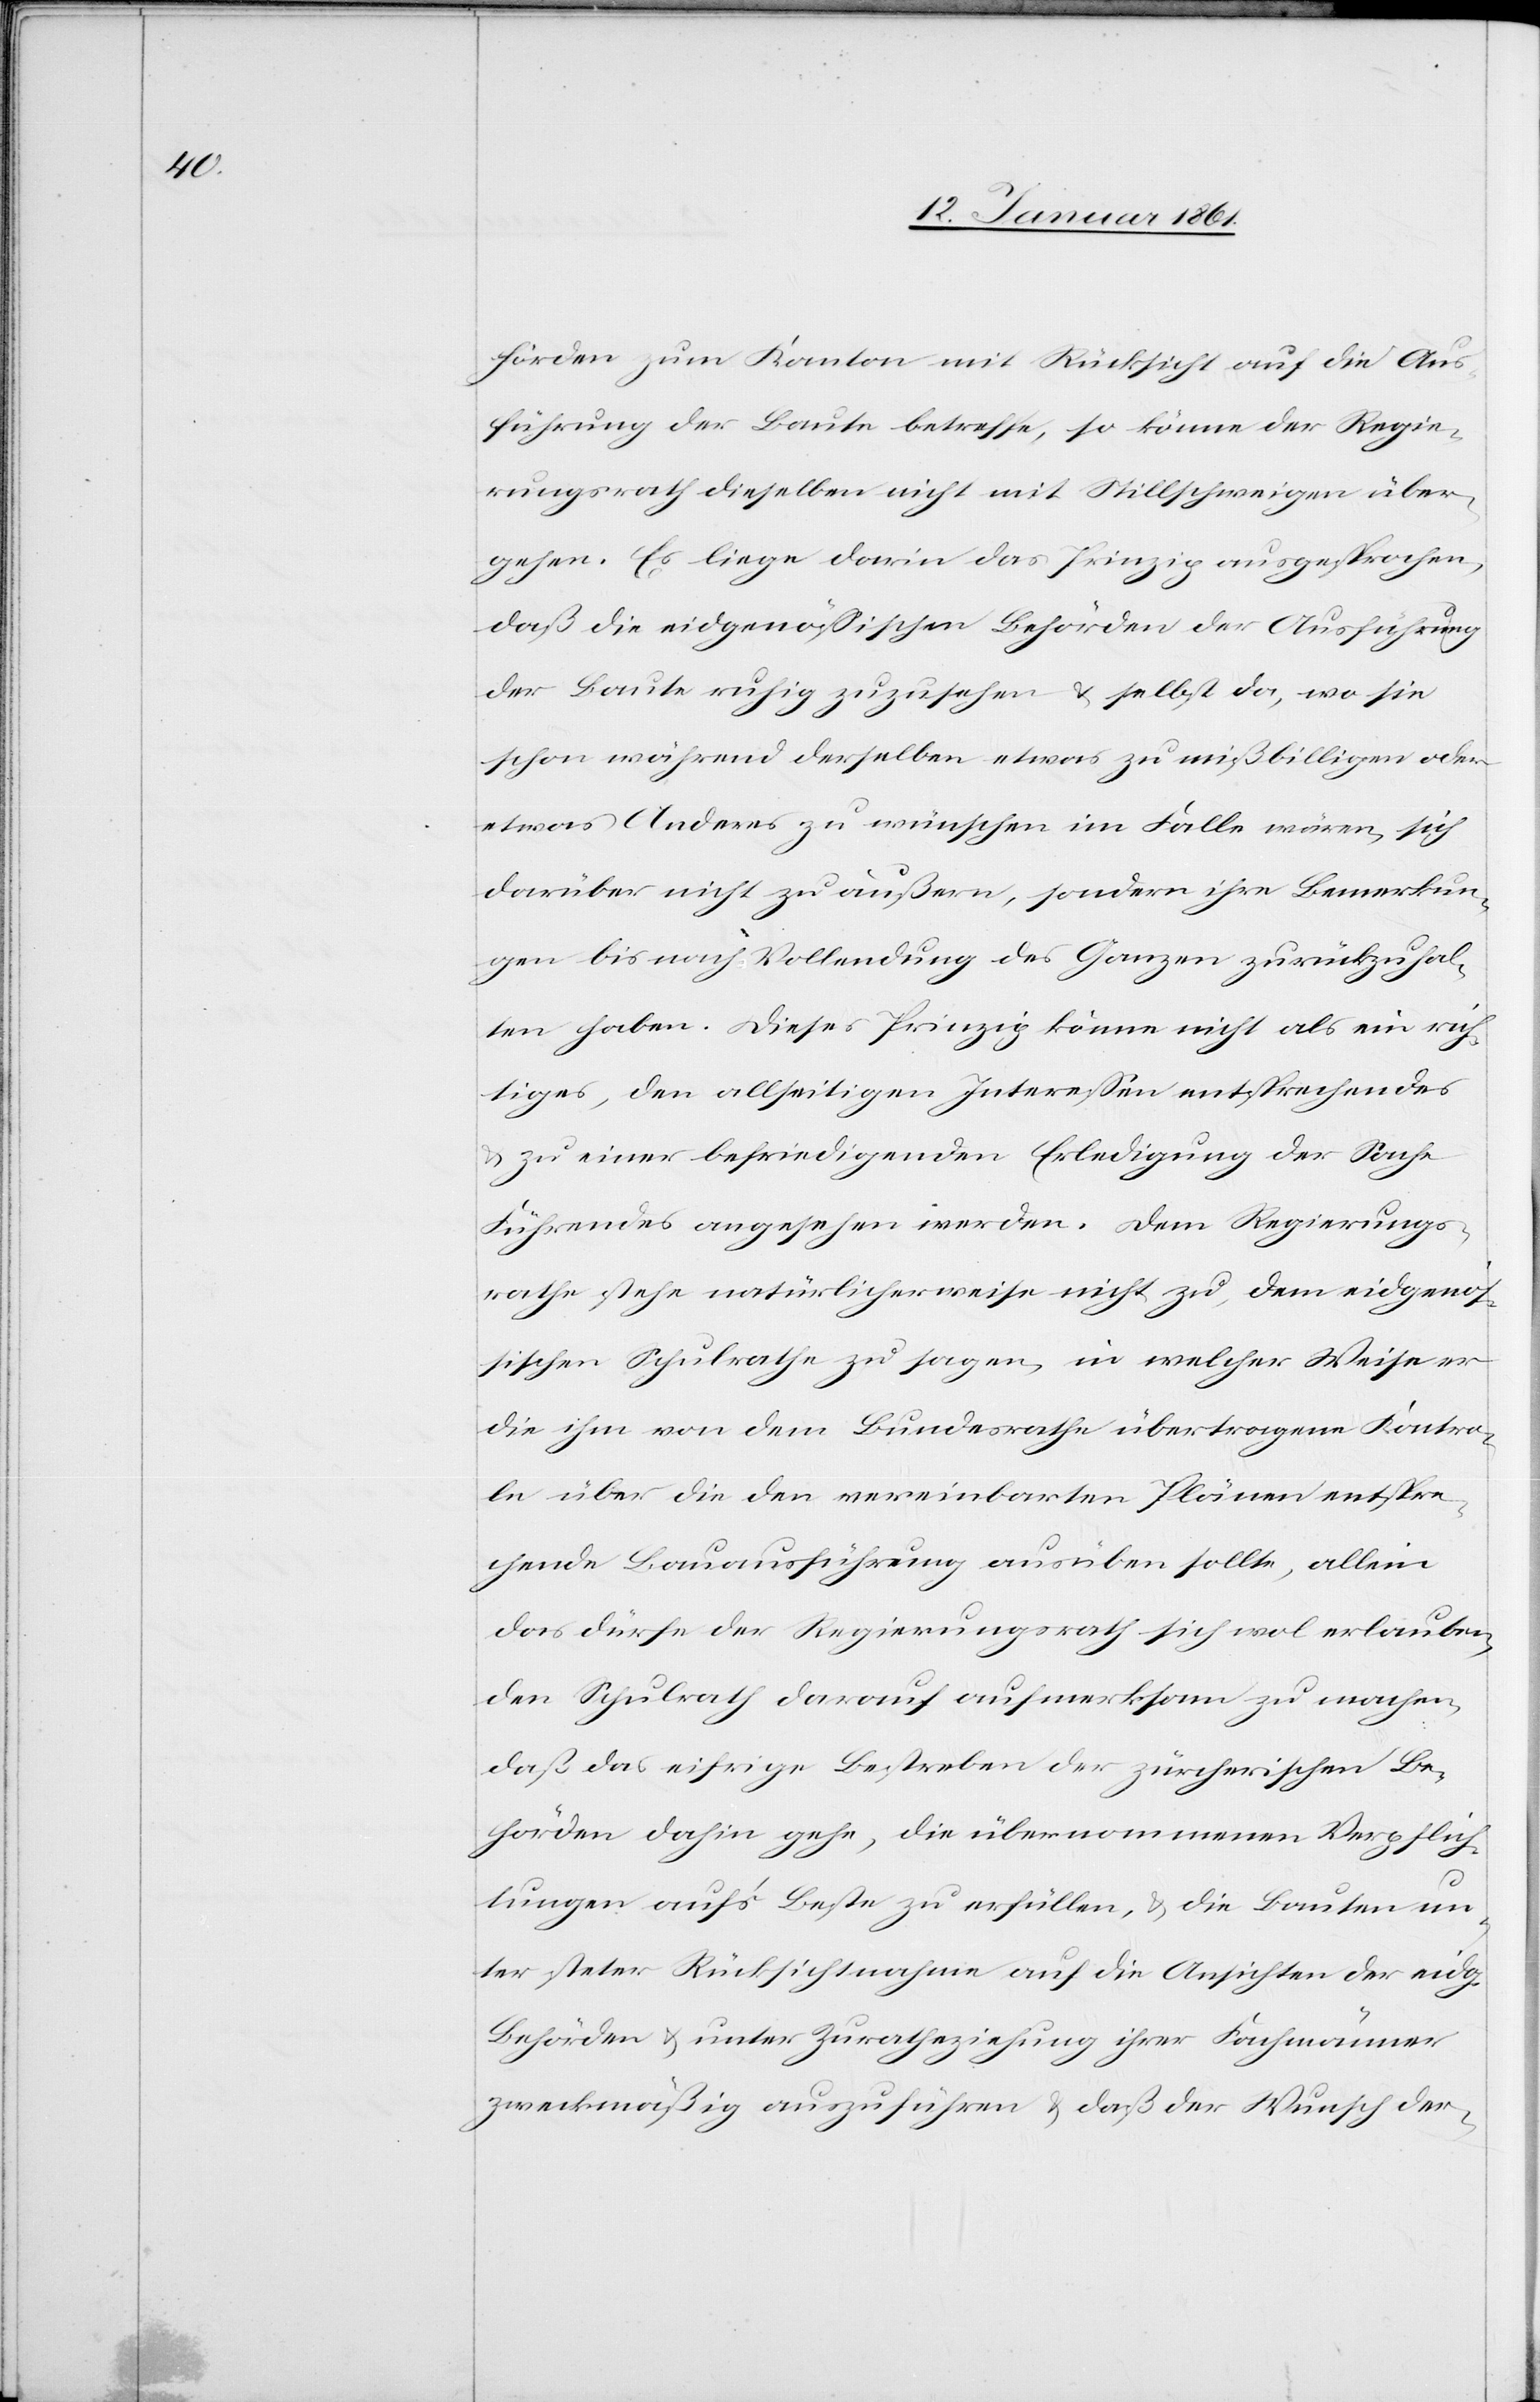
hörden zum Kanton mit Rücksicht auf die Aus¬
führung der Baute betreffe, so könne der Regie¬
rungsrath dieselben nicht mit Stillschweigen über¬
gehen. Es liege darin das Prinzip ausgesprochen,
daß die eidgenössischen Behörden der Ausführung
der Baute ruhig zuzusehen u. selbst da, wo sie
schon während derselben etwas zu mißbilligen oder
etwas Anderes zu wünschen im Falle wären, sich
darüber nicht zu äußern, sondern ihre Bemerkun¬
gen bis nach Vollendung des Ganzen zurückzuhal¬
ten haben. Dieses Prinzip könne nicht als ein rich¬
tiges, den allseitigen Interessen entsprechendes
u. zu einer befriedigenden Erledigung der Sache
Führendes angesehen werden. Dem Regierungs¬
rathe stehe natürlicherweise nicht zu, dem eidgenös¬
sischen Schulrathe zu sagen, in welcher Weise er
die ihm von dem Bundesrathe übertragenen Kontro¬
l[le]n über die den vereinbarten Plänen entspre¬
chende Bauausführung ausüben sollte, allein
das dürfe der Regierungsrath sich wol erlauben,
den Schulrath darauf aufmerksam zu machen,
daß das eifrige Bestreben der zürcherischen Be¬
hörden dahin gehe, die übernommenen Verpflich¬
tungen auf’s Beste zu erfüllen, u. die Bauten un¬
ter steter Rücksichtnahme auf die Ansichten der eidg.
Behörden u. unter Zuratheziehung ihrer Fachmänner
zweckmäßig auszuführen u. daß der Wunsch der-